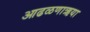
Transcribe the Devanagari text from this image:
आढळणाऋया